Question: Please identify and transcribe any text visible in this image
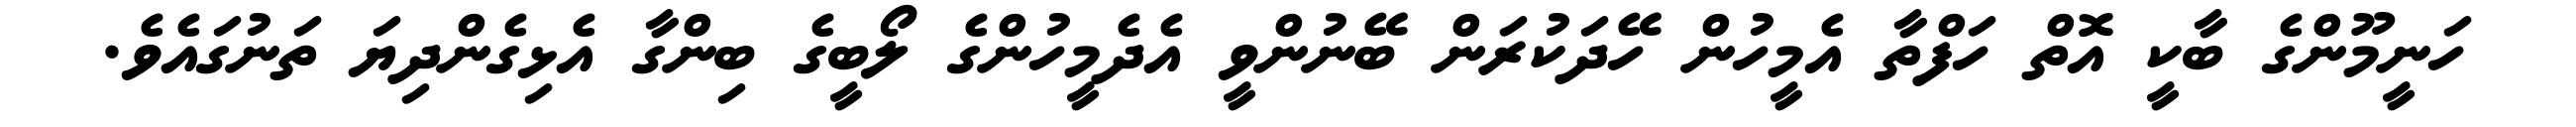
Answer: ހަނީމޫންގެ ބާކީ އޮތް ހަފްތާ އެމީހުން ހޭދަކުރަން ބޭނުންވީ އެދެމީހުންގެ ލޯބީގެ ބިންގާ އެޅިގެންދިޔަ ތަނުގައެވެ.